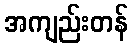
အကျည်းတန်